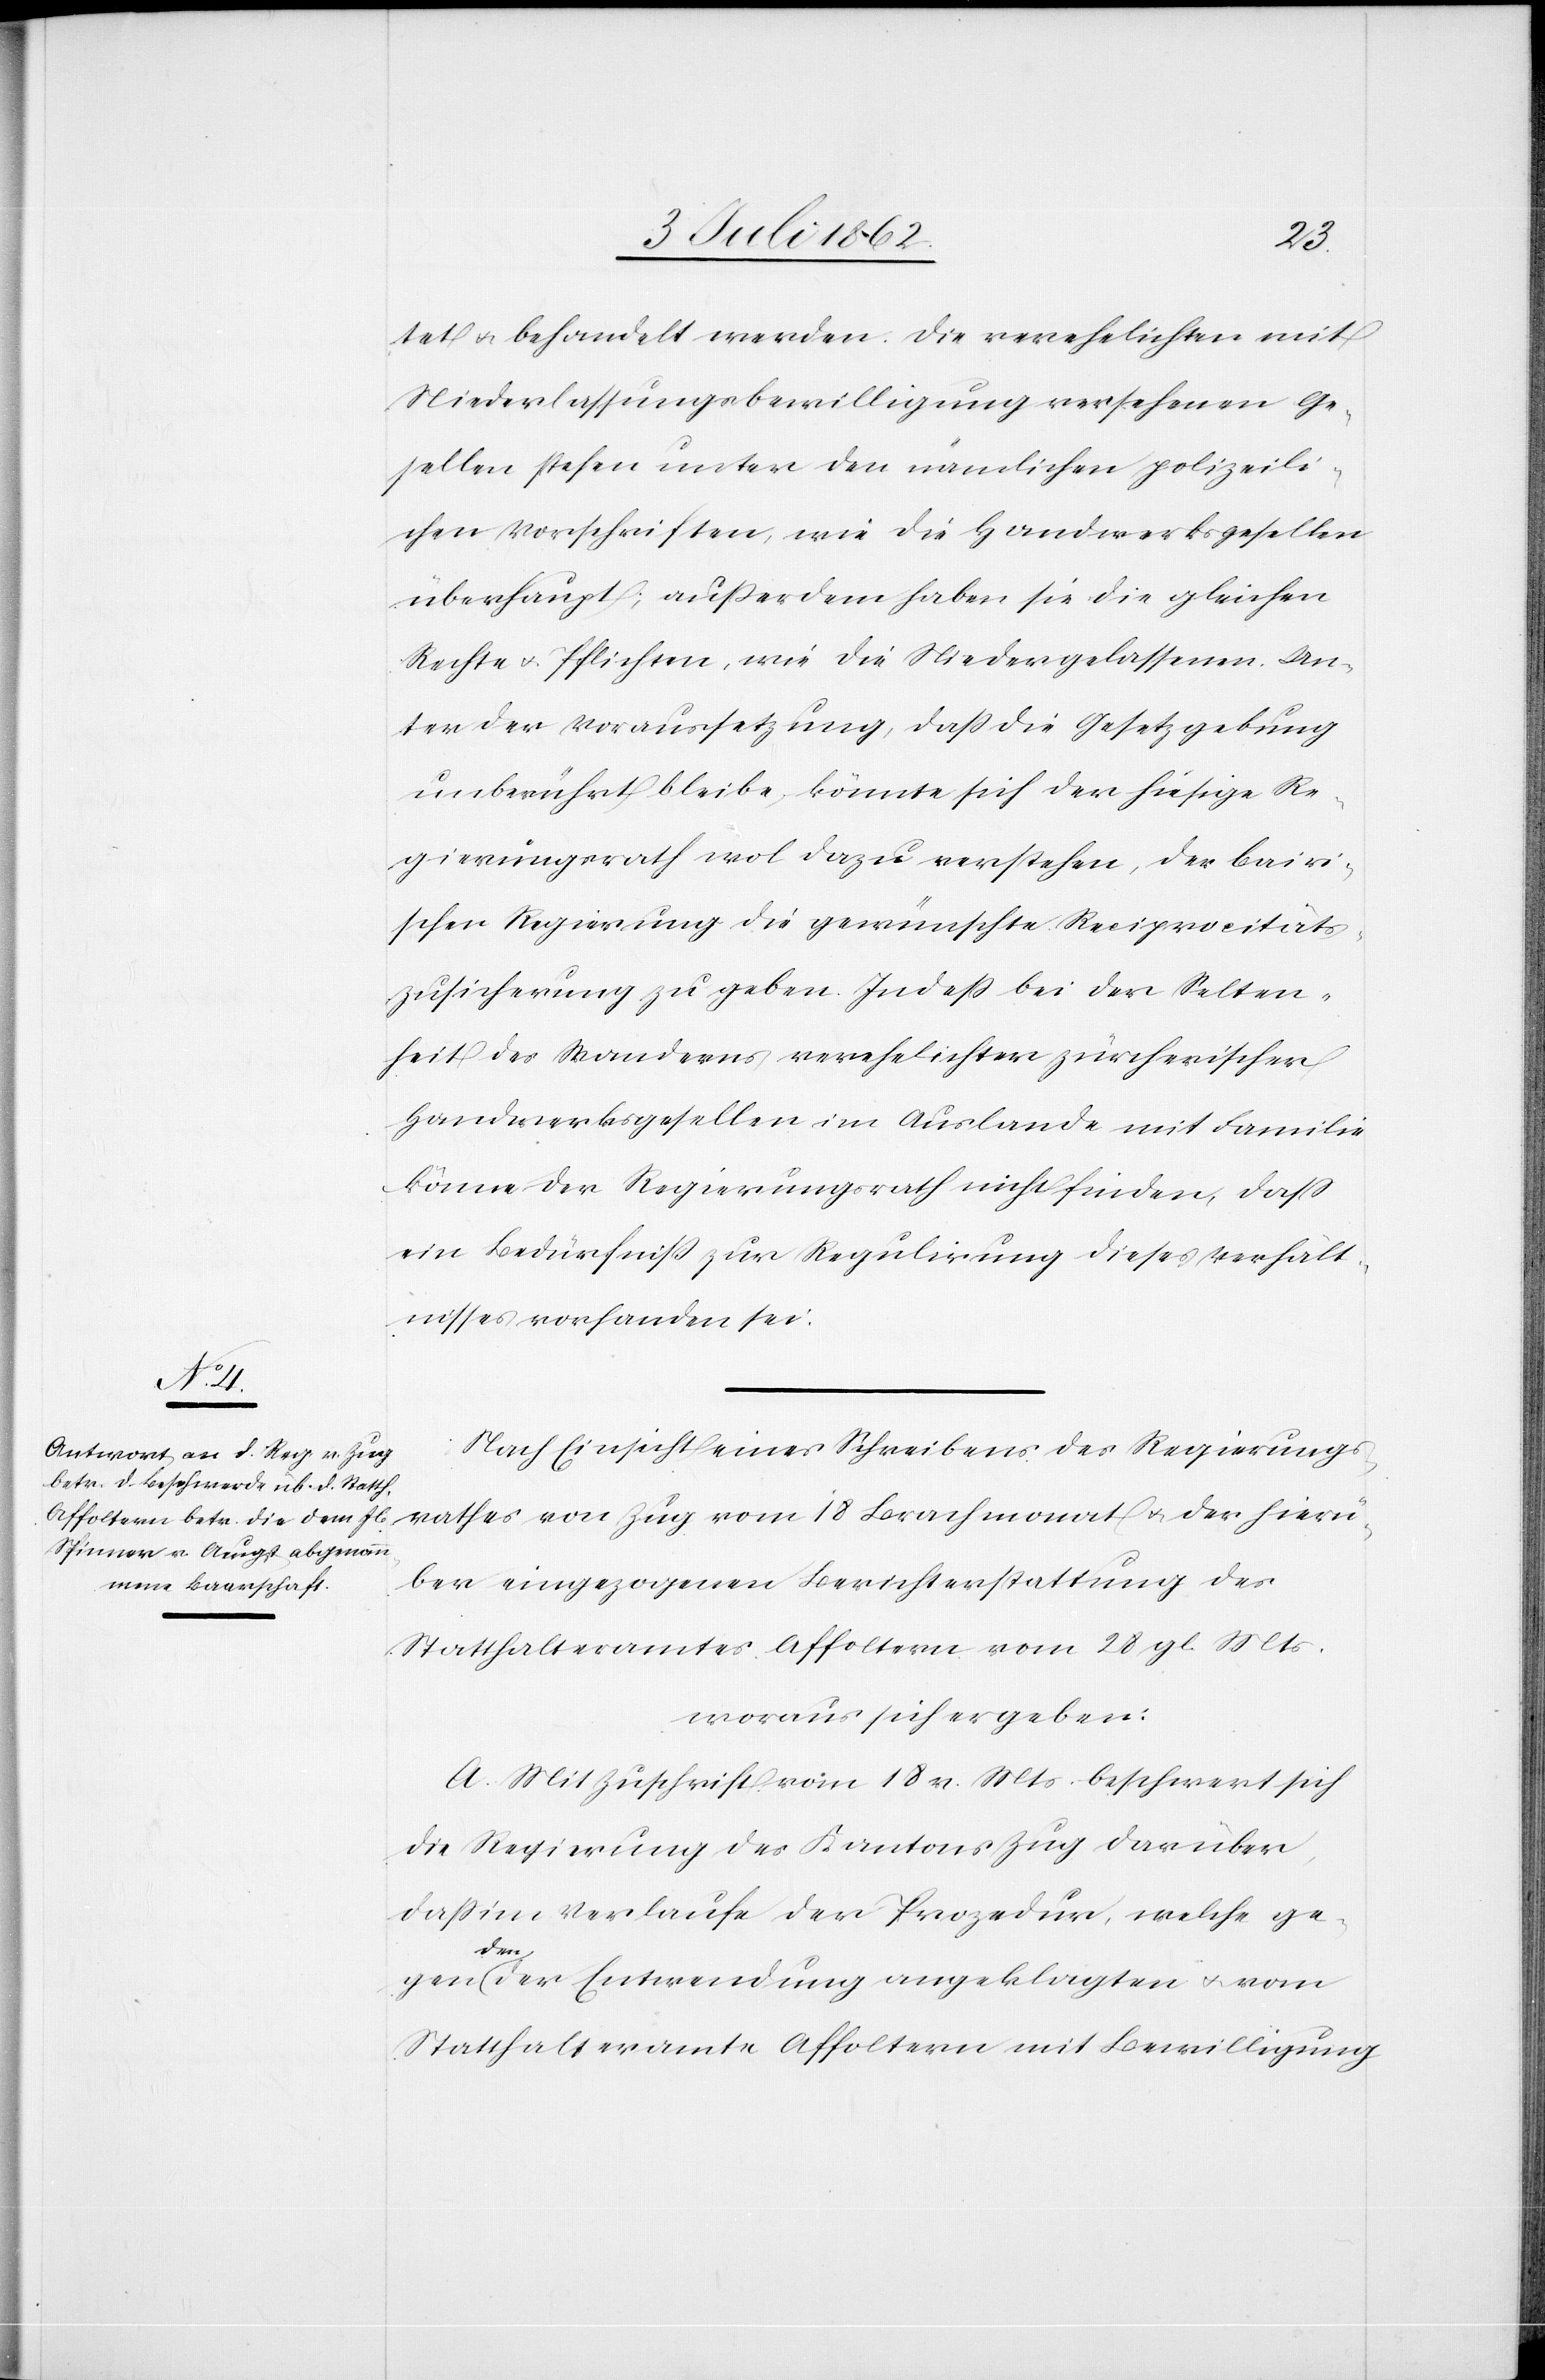
tet u. behandelt werden. Die verehelichten mit
Niederlassungsbewilligung versehenen Ge¬
sellen stehen unter den nämlichen polizeili¬
chen Vorschriften, wie die Handwerksgesellen
überhaupt; außerdem haben sie die gleichen
Rechte u. Pflichten, wie die Niedergelassenen. Un¬
ter der Voraussetzung, daß die Gesetzgebung
unberührt bleibe, könnte sich der hiesige Re¬
gierungsrath wol dazu verstehen, der bairi¬
schen Regierung die gewünschte Reciprocitäts¬
zusicherung zu geben. Indeß bei der Selten¬
heit des Wanderns verehelichter zürcherischer
Handwerksgesellen im Auslande mit Familie
könne der Regierungsrath nicht finden, daß
ein Bedürfniß zur Regulirung dieses Verhält¬
nisses vorhanden sei.
Nach Einsicht eines Schreibens des Regierungs¬
rathes von Zug vom 18 Brachmonat u. der hierü¬
ber eingezogenen Berichterstattung des
Statthalteramtes Affoltern vom 28. gl. Mts.
woraus sich ergeben:
A. Mit Zuschrift vom 18 v. Mts. beschwert sich
die Regierung des Kantons Zug darüber
daß im Verlaufe der Prozedur, welche ge¬
gen
den der Entwendung angeklagten u. vom
Statthalteramte Affoltern mit Bewilligung